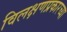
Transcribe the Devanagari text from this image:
विलक्षणप्रकारच्या